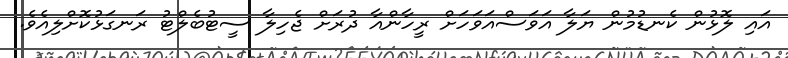
އައި ލޮޅުން ކެނޑުމުން ޔަލާ އަވަސްއަވަހަށް ރީހާންއާ ދުރަށް ޖެހިލާ ސީޓުބެލްޓު ރަނގަޅުކޮށްލިއެވެ.